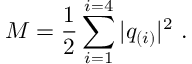
M = \frac { 1 } { 2 } \sum _ { i = 1 } ^ { i = 4 } | q _ { ( i ) } | ^ { 2 } \ .